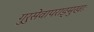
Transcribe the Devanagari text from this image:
गुरुसेवापराङ्मुखाः